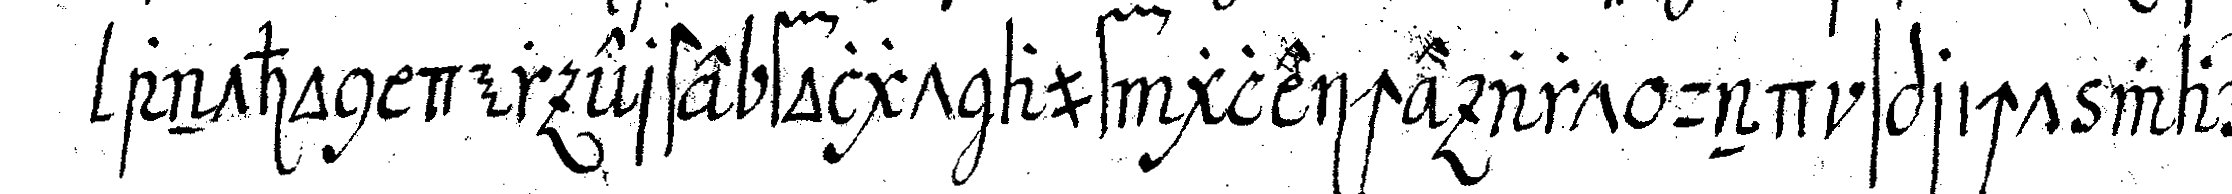
anthon der erste folgt auf gleiche art und spricht war